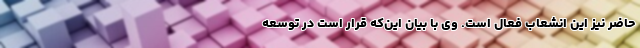
حاضر نیز این انشعاب فعال است. وی با بیان این‌که قرار است در توسعه